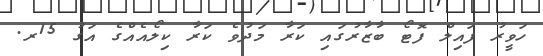
ހަވީރު ފައިލް ފޮޓޯ ބާޒާރުގައި ކަރާ މަދުވެ ކަރާ ކިލޯއެއްގެ އަގު 15ރ.